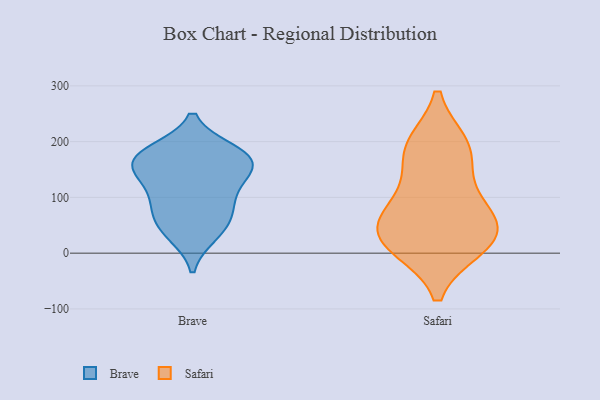
{"axis": {"x": "Tickets Resolved", "y": "Value"}, "legend": ["Brave", "Safari"], "data": [{"x": "", "y": 69, "type": "Brave"}, {"x": "", "y": 180, "type": "Brave"}, {"x": "", "y": 89, "type": "Brave"}, {"x": "", "y": 128, "type": "Brave"}, {"x": "", "y": 143, "type": "Brave"}, {"x": "", "y": 109, "type": "Brave"}, {"x": "", "y": 68, "type": "Brave"}, {"x": "", "y": 37, "type": "Brave"}, {"x": "", "y": 163, "type": "Brave"}, {"x": "", "y": 33, "type": "Brave"}, {"x": "", "y": 178, "type": "Brave"}, {"x": "", "y": 166, "type": "Brave"}, {"x": "", "y": 155, "type": "Brave"}, {"x": "", "y": 183, "type": "Brave"}, {"x": "", "y": 12, "type": "Safari"}, {"x": "", "y": 13, "type": "Safari"}, {"x": "", "y": 34, "type": "Safari"}, {"x": "", "y": 91, "type": "Safari"}, {"x": "", "y": 50, "type": "Safari"}, {"x": "", "y": 34, "type": "Safari"}, {"x": "", "y": 88, "type": "Safari"}, {"x": "", "y": 193, "type": "Safari"}, {"x": "", "y": 168, "type": "Safari"}, {"x": "", "y": 193, "type": "Safari"}]}